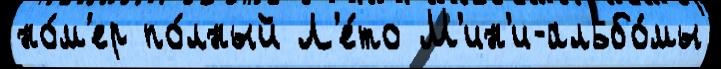
но́м'ер по́лный Л'е́то М'ин'и-альбо́мы